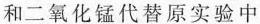
和二氧化锰代替原实验中